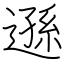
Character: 遜